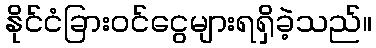
နိုင်ငံခြားဝင်ငွေများရရှိခဲ့သည်။